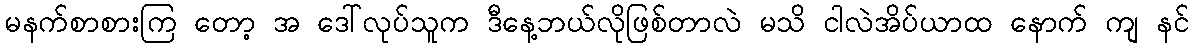
မနက်စာစားကြ တော့ အ ဒေါ်လုပ်သူက ဒီနေ့ဘယ်လိုဖြစ်တာလဲ မသိ ငါလဲအိပ်ယာထ နောက် ကျ နင်